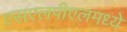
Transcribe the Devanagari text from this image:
एसएलपीएलमध्ये